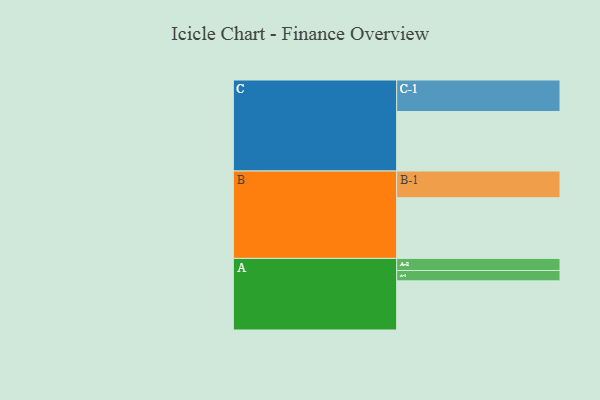
{"axis": {"x": "Segment", "y": "Value"}, "legend": ["", "A", "B", "C"], "data": [{"x": "A", "y": 374, "type": ""}, {"x": "B", "y": 462, "type": ""}, {"x": "C", "y": 453, "type": ""}, {"x": "A-1", "y": 79, "type": "A"}, {"x": "A-2", "y": 92, "type": "A"}, {"x": "B-1", "y": 203, "type": "B"}, {"x": "C-1", "y": 240, "type": "C"}]}